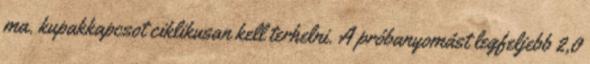
ma. kupakkapcsot ciklikusan kell terhelni. A próbanyomást legfeljebb 2,0